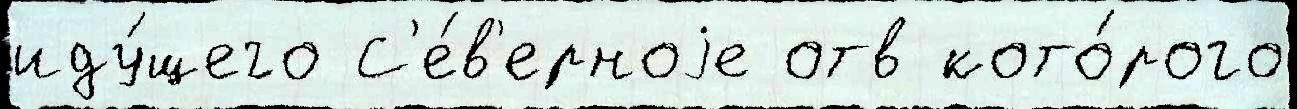
иду́щего С'е́в'ерноjе отв кото́рого